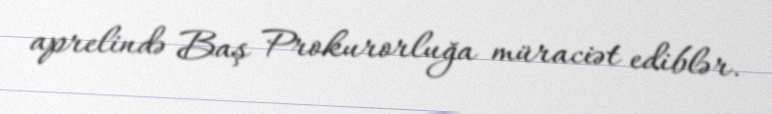
aprelində Baş Prokurorluğa müraciət ediblər.